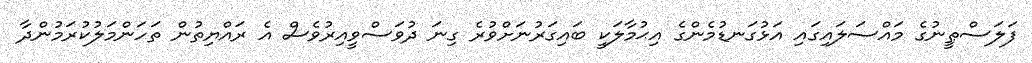
ފަލަސްޠީނުގެ މައްސަލައިގައި އަޅުގަނޑުމެންގެ އިޙުމާލަކީ ބައިގަރުނަށްވުރެ ގިނަ ދުވަސްވީއިރުވެސް އެ ރައްޔިތުން ތަހަންމަލުކުރަމުންދާ